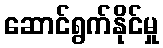
ဆောင်ရွက်နိုင်မှု